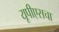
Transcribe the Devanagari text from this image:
यूपीएसचा